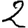
Digit: 2